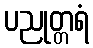
ပညုတ္တရံ